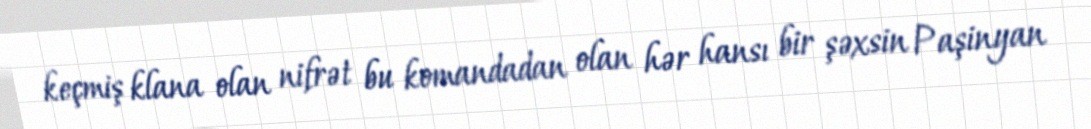
keçmiş klana olan nifrət bu komandadan olan hər hansı bir şəxsin Paşinyan